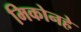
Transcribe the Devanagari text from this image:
मिकोनहे